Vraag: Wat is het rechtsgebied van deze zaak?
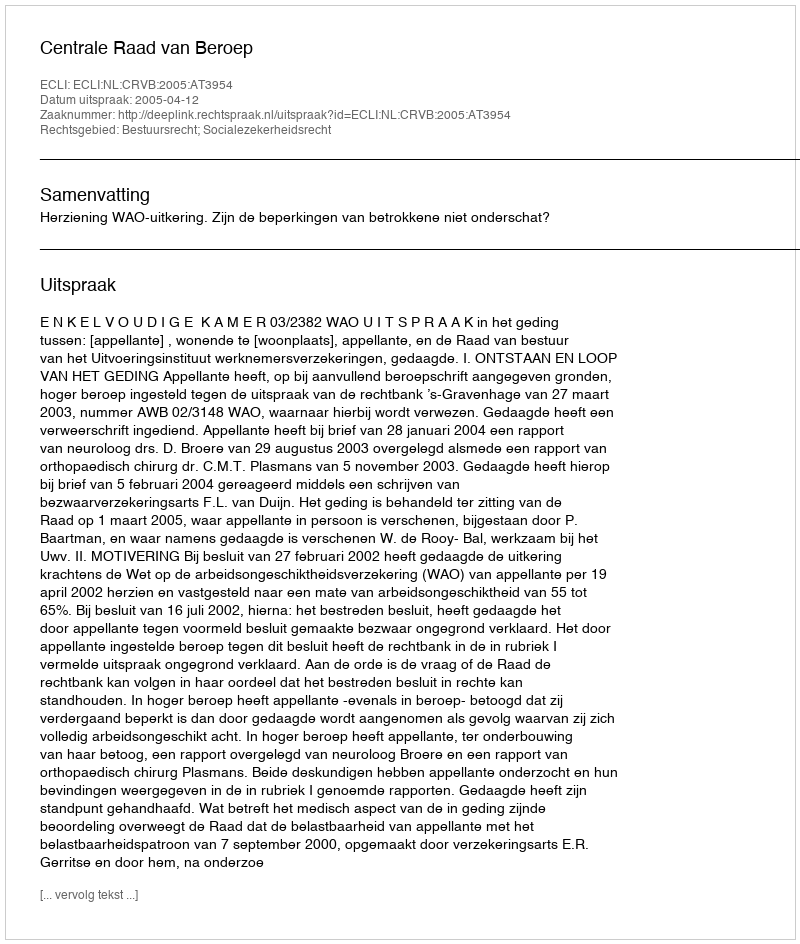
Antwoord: Bestuursrecht; Socialezekerheidsrecht